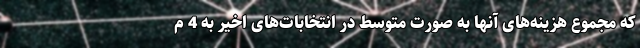
که مجموع هزینه‌های آنها به صورت متوسط در انتخابات‌های اخیر به 4 م